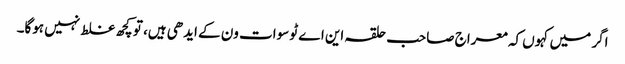
اگر میں کہوں کہ معراج صاحب حلقہ این اے ٹو سوات ون کے ایدھی ہیں، تو کچھ غلط نہیں ہوگا۔